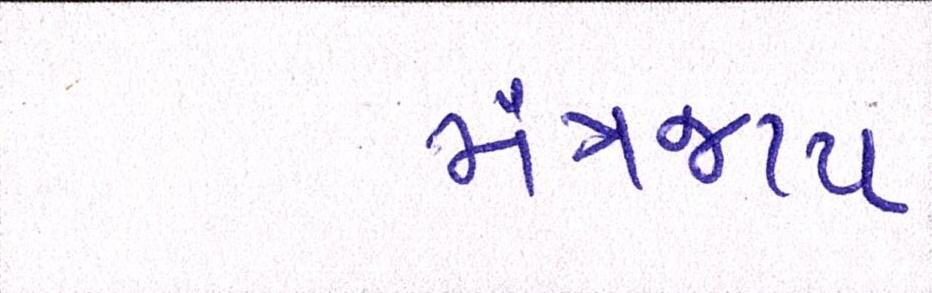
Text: મંત્રજાપ